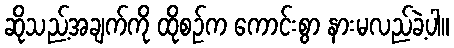
ဆိုသည့်အချက်ကို ထိုစဉ်က ကောင်းစွာ နားမလည်ခဲ့ပါ။